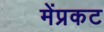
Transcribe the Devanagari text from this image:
मेंप्रकट